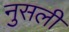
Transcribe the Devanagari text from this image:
नुसली